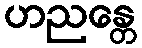
ဟညန္တေ